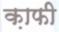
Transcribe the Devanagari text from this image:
क़ाफी